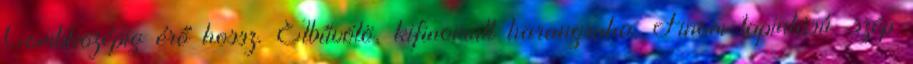
Combközépig érő hossz. Elbűvölö, kifinomult harangruha. Finom tapintású, szép